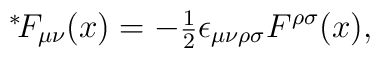
\mbox{\mbox{}$^*\!$} F_{\mu\nu}(x) = -\mbox{\small $\frac{1}{2}$} \epsilon_{\mu\nu\rho\sigma}F^{\rho\sigma}(x),